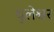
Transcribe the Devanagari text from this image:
धुलेश्वर